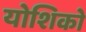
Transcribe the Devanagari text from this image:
योशिको